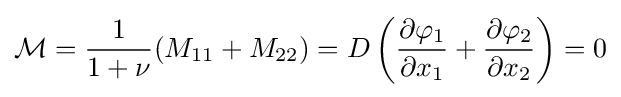
{\mathcal {M}}={\frac {1}{1+\nu }}(M_{11}+M_{22})=D\left({\frac {\partial \varphi _{1}}{\partial x_{1}}}+{\frac {\partial \varphi _{2}}{\partial x_{2}}}\right)=0